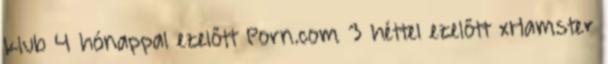
klub 4 hónappal ezelőtt Porn.com 3 héttel ezelőtt xHamster